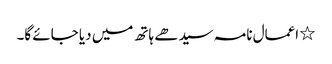
٭ اعمال نامہ سیدھے ہاتھ میں دیا جائے گا۔